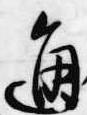
通